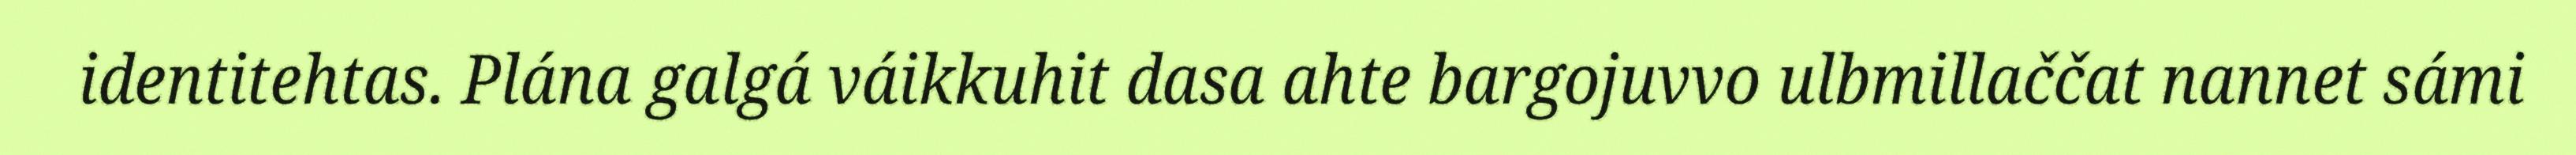
identitehtas. Plána galgá váikkuhit dasa ahte bargojuvvo ulbmillaččat nannet sámi